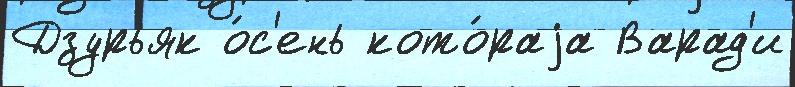
Дзурьяк о́с'ень кото́раjа Варад'и